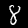
Label: 8